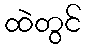
ထဲတွင်